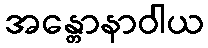
အန္တောနာဝါယ